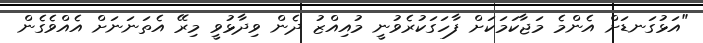
"އަޅުގަނޑަށް އެންމެ މަޖާކަމަކަށް ފާހަގަކުރެވުނީ މުއިއްޒު ދެން ވިދާޅުވީ މިރޭ އެތަނަނަށް އެއްވެގެން